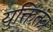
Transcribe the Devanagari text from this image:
युक्तितंत्र